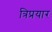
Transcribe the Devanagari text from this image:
त्रिप्रयार